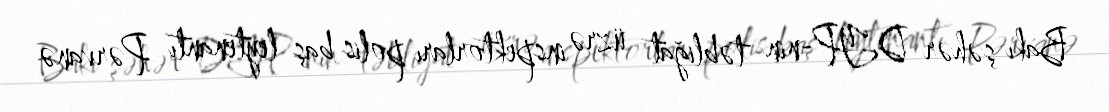
Bakı şəhər DYP-nin təbliğat üzrə inspektorları polis baş leytenantı Pərvanə